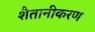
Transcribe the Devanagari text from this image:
शैतानीकरण